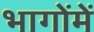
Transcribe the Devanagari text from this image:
भागोंमें